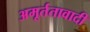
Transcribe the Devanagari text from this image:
अमूर्ततावादी